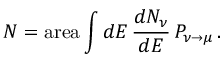
N = \mathrm { a r e a } \int d E \, { \frac { d N _ { \nu } } { d E } } \, P _ { \nu \to \mu } \, .